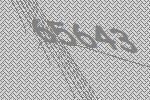
65643